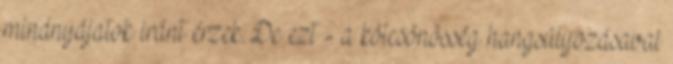
mindnyájatok iránt érzek. De ezt - a kölcsönösség hangsúlyozásaval